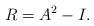
LaTeX: \begin{align*}R=A^2-I.\end{align*}